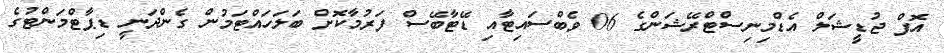
އޮފް ޖުޑީޝަލް އެޑްމިނިސްޓްރޭޝަންގެ 06 ވެބްސައިޓާއި ޑޭޓާބޭސް ފަރުމާކޮށް ބަލަހައްޓަމުން ގެންދަނީ ޑިޕާޓްމަންޓުގެ